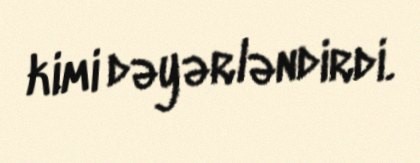
kimi dəyərləndirdi.